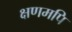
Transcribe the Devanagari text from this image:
क्षणमपि